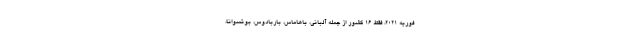
فوریه ۲۰۲۱، فقط ۱۶ کشور از جمله آلبانی، باهاماس، باربادوس، بوتسوانا،